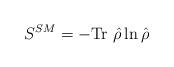
LaTeX: \begin{align*}S^{SM}=-\mbox{Tr}~\hat{\rho}\ln \hat{\rho}~~~\end{align*}